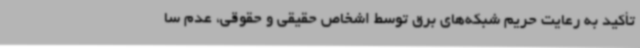
تأکید به رعایت حریم شبکه‌های برق توسط اشخاص حقیقی و حقوقی، عدم سا